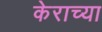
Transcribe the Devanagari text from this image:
केराच्या